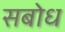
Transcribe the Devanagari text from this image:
सबोध